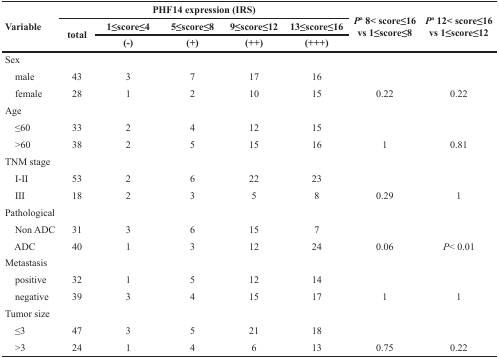
| <ROWSPAN=3> Variable | <COLSPAN=5> PHF14 expression (IRS) | <ROWSPAN=3> Pa 8< score≤16 vs 1≤score≤8 | <ROWSPAN=3> Pa 12< score≤16 vs 1≤score≤12 |
 | <ROWSPAN=2> total | 1≤score≤4 | 5≤score≤8 | 9≤score≤12 | 13≤score≤16 |
 | (−) | (+) | (++) | (+++) |
 | --- | --- | --- | --- | --- | --- | --- | --- |
 | <COLSPAN=8> Sex |
 | male | 43 | 3 | 7 | 17 | 16 |  |  |
 | female | 28 | 1 | 2 | 10 | 15 | 0.22 | 0.22 |
 | <COLSPAN=8> Age |
 | ≤60 | 33 | 2 | 4 | 12 | 15 |  |  |
 | >60 | 38 | 2 | 5 | 15 | 16 | 1 | 0.81 |
 | <COLSPAN=8> TNM stage |
 | I-II | 53 | 2 | 6 | 22 | 23 |  |  |
 | III | 18 | 2 | 3 | 5 | 8 | 0.29 | 1 |
 | <COLSPAN=8> Pathological |
 | Non ADC | 31 | 3 | 6 | 15 | 7 |  |  |
 | ADC | 40 | 1 | 3 | 12 | 24 | 0.06 | P< 0.01 |
 | <COLSPAN=8> Metastasis |
 | positive | 32 | 1 | 5 | 12 | 14 |  |  |
 | negative | 39 | 3 | 4 | 15 | 17 | 1 | 1 |
 | <COLSPAN=8> Tumor size |
 | ≤3 | 47 | 3 | 5 | 21 | 18 |  |  |
 | >3 | 24 | 1 | 4 | 6 | 13 | 0.75 | 0.22 |